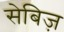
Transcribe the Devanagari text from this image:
सेबिज़